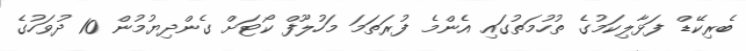
ބެރިކޭޑް ފަޅާލިކަމުގެ ތުހުމަތުގައި އެންމެ ފުރަތަމަ މަހުލޫފް ކޯޓަށް ގެންދިޔުމުން 10 ދުވަހުގެ